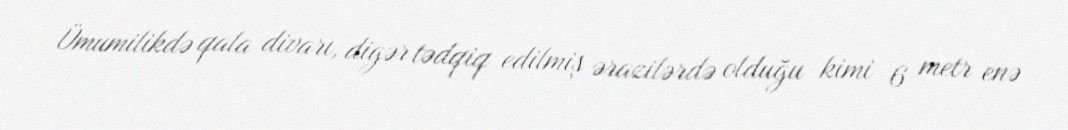
Ümumilikdə qala divarı, digər tədqiq edilmiş ərazilərdə olduğu kimi 6 metr enə